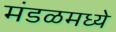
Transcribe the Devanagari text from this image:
मंडळमध्ये